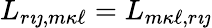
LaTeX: L_{r{\imath\jmath},m{\kappa\ell}}=L_{m{\kappa\ell},r{\imath\jmath}}